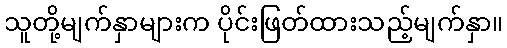
သူတို့မျက်နှာများက ပိုင်းဖြတ်ထားသည့်မျက်နှာ။